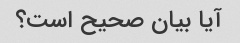
آیا بیان صحیح است؟